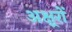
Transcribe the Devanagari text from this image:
अक्ष्ररों